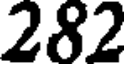
282